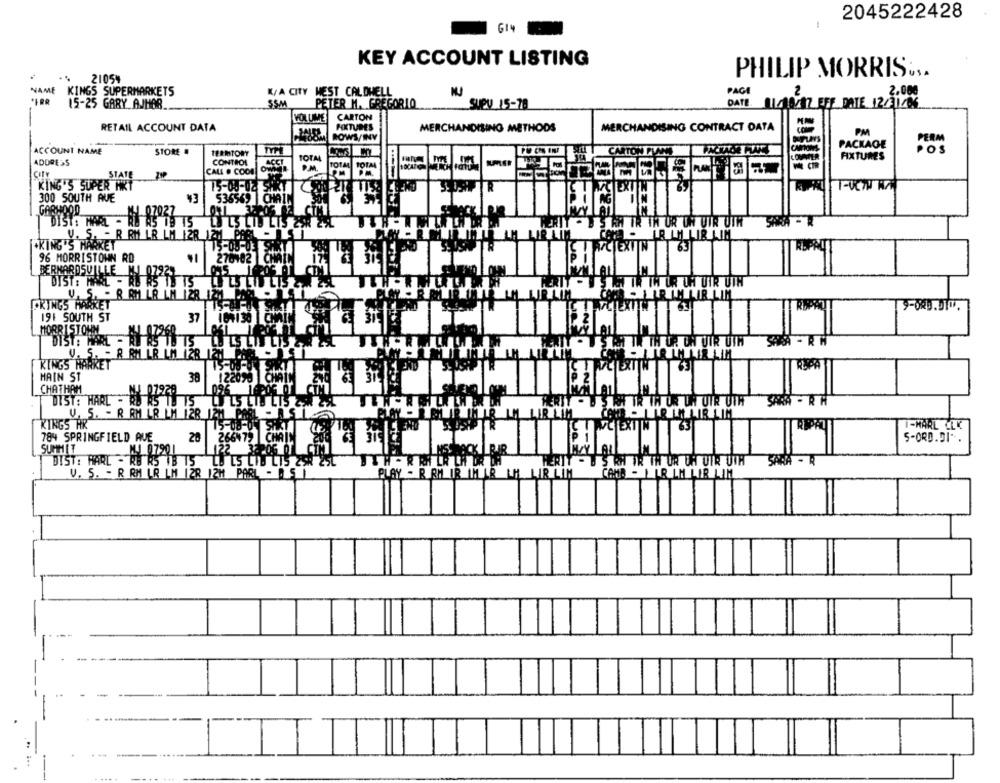
2045222428
G14
KEY ACCOUNT LISTING
21054
PHILIP MORRIS ...
NAME
KINGS SUPERMARKETS
K/A CITY HEST CALDWELL
PAGE
SSM
PETER M. GREGORIO
2.000
15-25 GARY AJHOR
SUPV 15-78
DATE 11/199Z SEF DATE 12/31/06
VOLUME
CARTON
RETAIL ACCOUNT DATA
FIXTURES
MERCHANDISING METHODS
MERCHANDISING CONTRACT DATA
PM
BOWS/INY
ACCOUNT NAME
STORE .
PACKAGE
IERITORY
TOTAL
CARTON PLANS
FIXTURES
ADDRESS
CONTROL
ACCT
TOTAL TOTAL
STATE
CALL . COOD
P.M.
KING'S SUPER HET
15-05-02 SPR7
R
EXT
300 SOUTH AVE
¥3
536569 |CHAI
GARWOOD
4 07027
DIST: MAAL - RU WS 19 15
B'S WH IR IN OR UN VIR UTW
V. S. - R RM LR LM 12R 12M PRE-S
+KING'S MARKET
15-08-03
63
96 MORRISTOWN RD
270102 CHAIN
BERNARDSVILLE MJ 07921
DIST: HARL - RE WS 19 15
SIE IN TH OR OH UTR UIN
U. S. - B RM LR LM 128 12
LARIM LIR LIM
ORINGS HART
191 SOUTH ST
37
101130 CHAIN
MORRISTOWN
SPA - RW
U. S. - R BM R LM 128
LR LNLIR LIM
KINGS HARKET
FCTEXTTNT
REPA
HAIN ST
38
122090 ]CHAIN
CHATHAM
NY 07228
1. 75
3 WH TR TW UR UH UTR UTW
LR IN LIR LIM
KINGS RK
U. S. - R RM LR LM 128 12H PARL - 15 150
15-08-04
PCTEXTINT
63
I-MARL CLK
784 SPRINGFIELD AVE
20
266575
5-ORD.DI".
266 79 CHAIN 200
SUMMET
DIST: HARL - 422!
122 32203 07 CM1
AB RS 1B 15
FERIT - B'S RH VR TH OR UH UTR UTH
SARA - R
V. S. - R RM LR LM 12R 12H PARL - D.SI
PLAY - R RM IR IM LR
IR LIK
CAMA - ILR LM LIR LIM
-